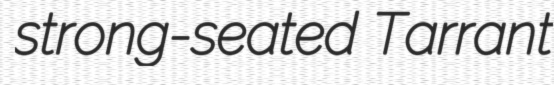
strong-seated Tarrant